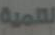
لهمية